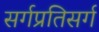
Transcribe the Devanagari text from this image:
सर्गप्रतिसर्ग